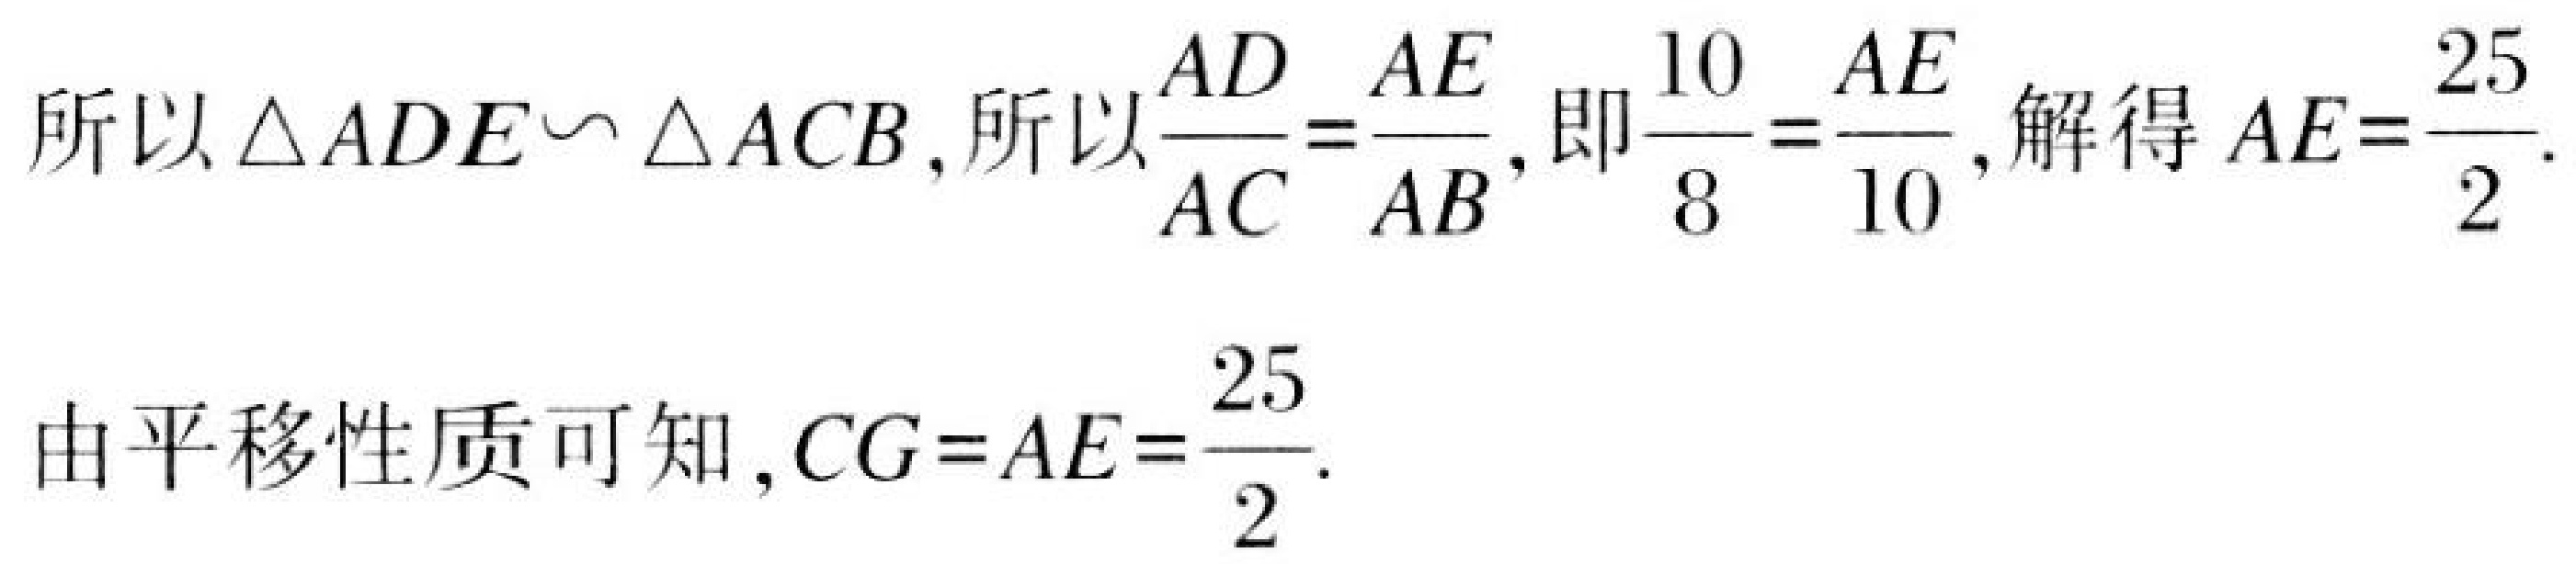
所以\(\triangle ADE\backsim\triangle ACB\)，所以\(\frac{AD}{AC}=\frac{AE}{AB}\)，即\(\frac{10}{8}=\frac{AE}{10}\)，解得\(AE = \frac{25}{2}\).
由平移性质可知，\(CG = AE=\frac{25}{2}\).